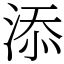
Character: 添